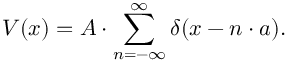
V ( x ) = A \cdot \sum _ { n = - \infty } ^ { \infty } \delta ( x - n \cdot a ) .